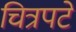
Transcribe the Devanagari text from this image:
चित्रपटे